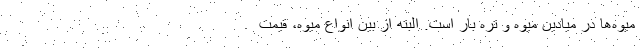
میوه‌ها در میادین میوه و تره بار است. البته از بین انواع میوه، قیمت